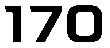
170